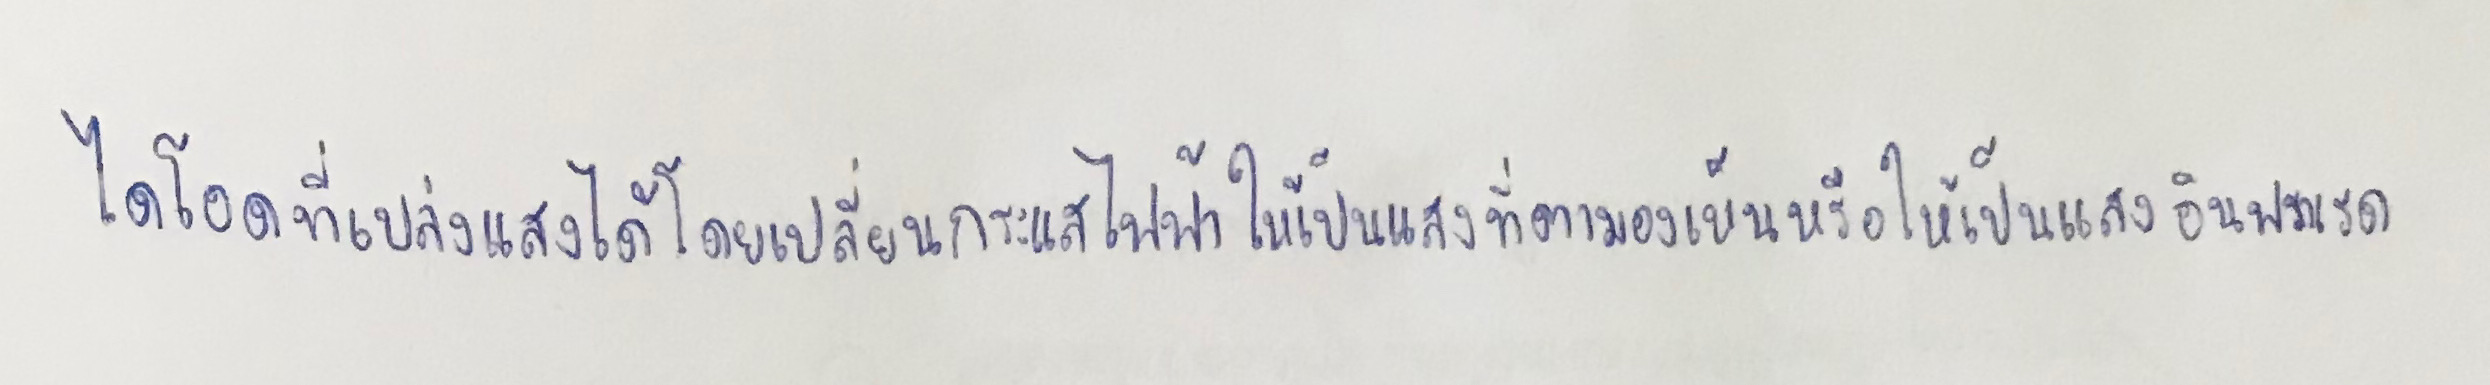
ไดโอดที่เปล่งแสงได้โดยเปลี่ยนกระแสไฟฟ้าให้เป็นแสงที่ตามองเห็นหรือให้เป็นแสงอินฟราเรด